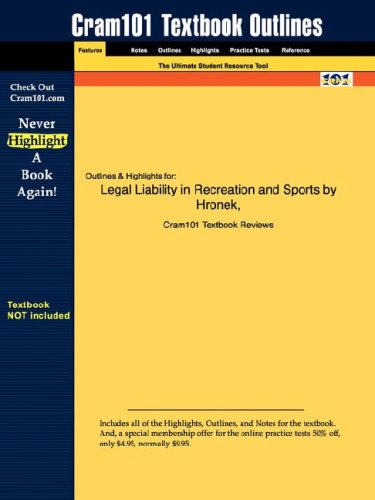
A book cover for Outlines & Highlights for Legal Liability in Recreation and Sports; Cram101 Textbook Reviews; Law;